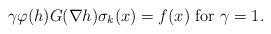
LaTeX: \begin{align*}\gamma\varphi(h)G(\nabla h)\sigma_{k}(x)=f(x)\ {\rm for} \ \gamma=1.\end{align*}